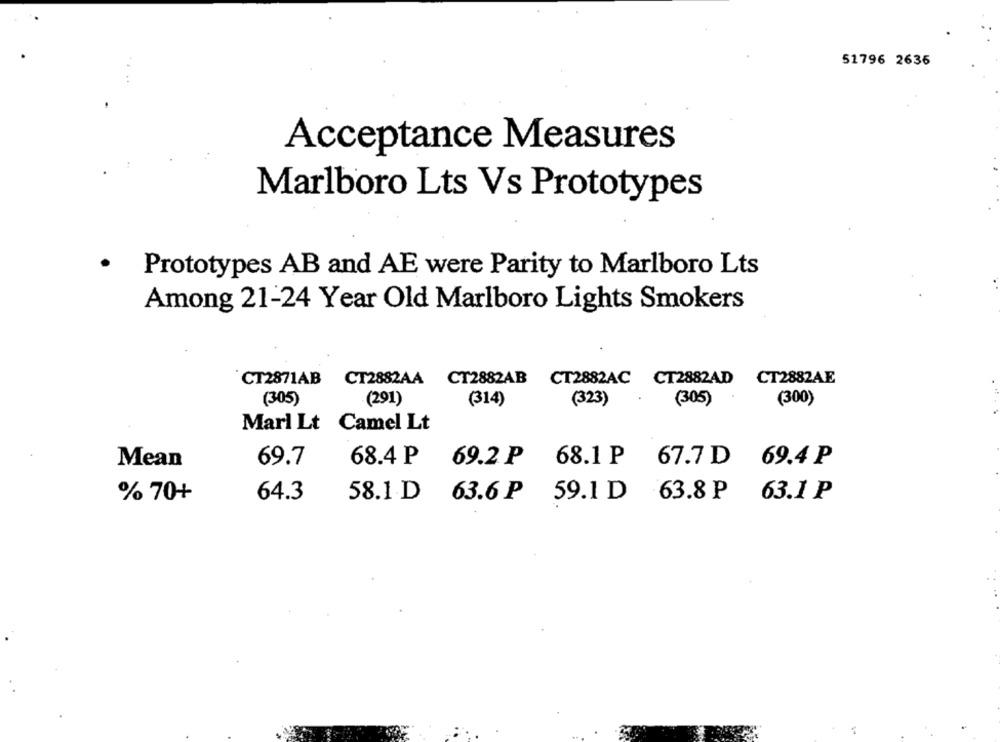
51796 2636
Acceptance Measures
Marlboro Lts Vs Prototypes
.
Prototypes AB and AE were Parity to Marlboro Lts
Among 21-24 Year Old Marlboro Lights Smokers
CT2871AB CT2882AA CT2882AB CT2882AC CT2882AD CT2882AE
(305)
(291)
(314)
(323)
(305)
(300)
Marl Lt Camel Lt
Mean
69.7
68.4 P
69.2 ₽ 68.1 P
67.7 D 69.4 P
64.3
% 70+
58.1.D 63.6 P 59.1 D
63.8 ₽ 63.1 P